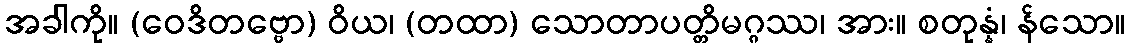
အခါကို။ (ဝေဒိတဗ္ဗော) ဝိယ၊ (တထာ) သောတာပတ္တိမဂ္ဂဿ၊ အား။ စတုန္နံ၊ န်သော။